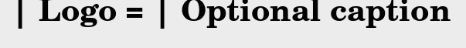
| Logo = | Optional caption